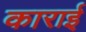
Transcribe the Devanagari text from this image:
काराई